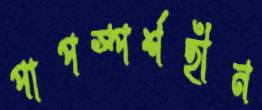
পাপস্পর্শহীন